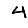
Digit: 4